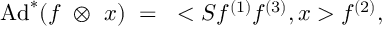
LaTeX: \mathrm { A d } ^ { * } ( f ~ \otimes ~ x ) ~ = ~ < S f ^ { ( 1 ) } f ^ { ( 3 ) } , x > f ^ { ( 2 ) } ,